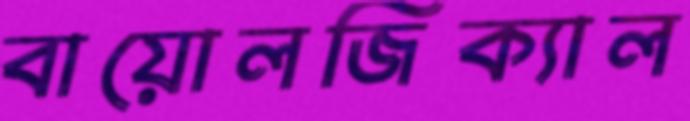
বায়োলজিক্যাল